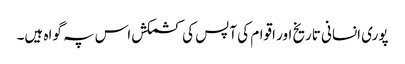
پوری انسانی تاریخ اور اقوام کی آپس کی کشمکش اس پہ گواہ ہیں۔